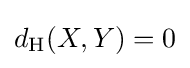
d_{\text{H}}(X,Y)=0